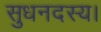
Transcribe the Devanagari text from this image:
सुधनदस्य।